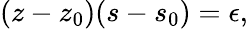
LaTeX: (z-z_{0})(s-s_{0})=\epsilon,